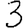
Digit: 3